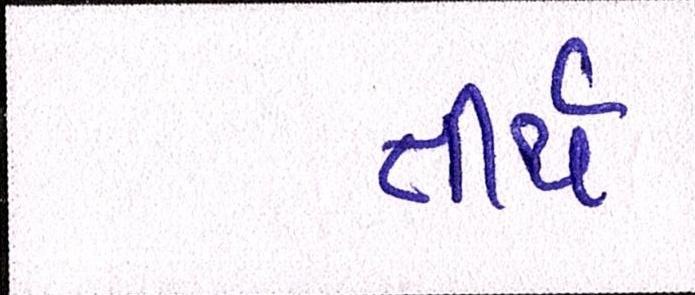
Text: તીર્થ